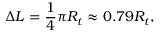
\Delta L = \frac { 1 } { 4 } \pi R _ { t } \approx 0 . 7 9 R _ { t } ,